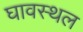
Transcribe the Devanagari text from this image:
घावस्थल